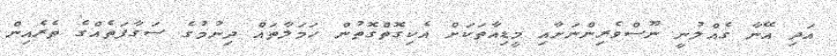
އަދި އޭނާ ގެއްލުނީ ނޫސްވެރިންނަށާއި މީޑިއާތަކަށް އެކިގޮތްގޮތުން ހަމަލާތައް ދިނުމުގެ ސަގާފަތެއްގެ ތެރެއިން